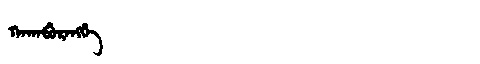
Manchu: ᡴᠠᡴᠠᠪᡠᡵᠠᠩᡤᡝ
Romanization: KAKABURANGGE